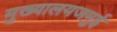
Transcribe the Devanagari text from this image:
मुख्यालयजमुई